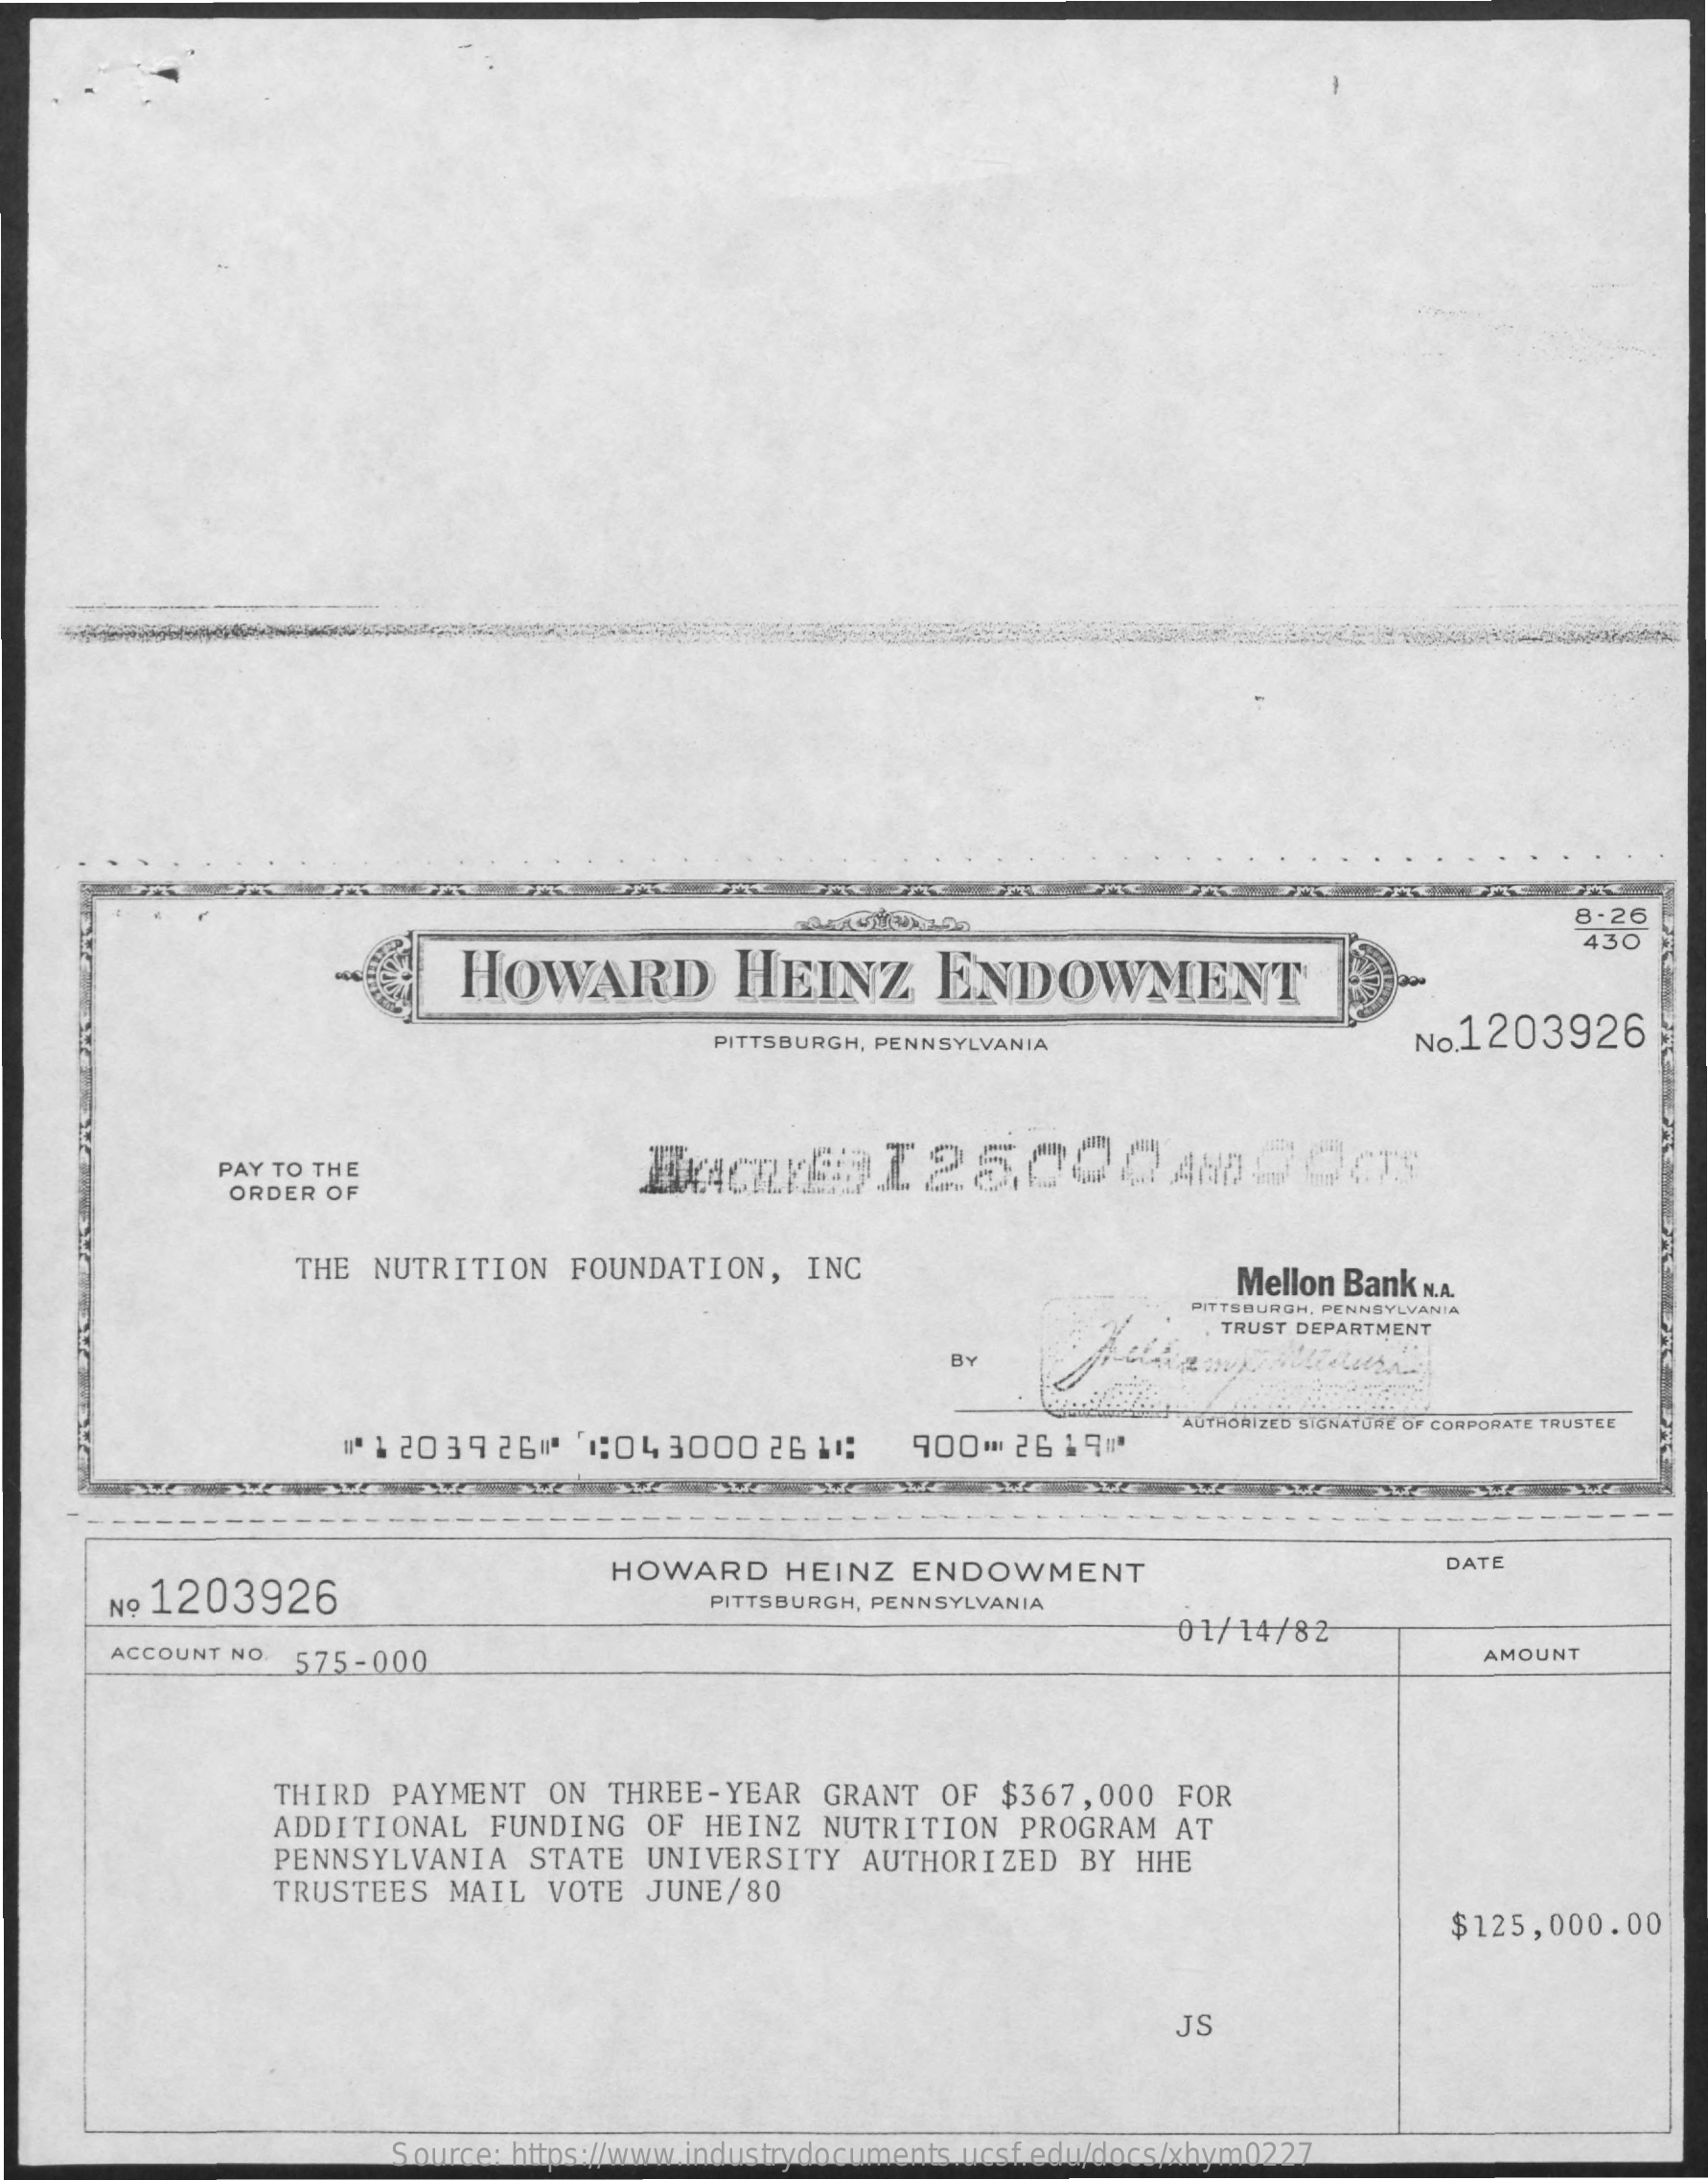
8-26
     HOWARD    HEINZ    ENDOWMENT
     430
     PITTSBURGH, PENNSYLVANIA    No.1203926
     PAY TO THE
     ORDER OF
     THE  NUTRITION   FOUNDATION,    INC    Mellon Bank N.A.
     PITTSBURGH, PENNSYLVANIA
     TRUST DEPARTMENT
     BY
     "1  203926"    1:04 3000  26 11:    900=  26 1900
     AUTHORIZED SIGNATURE OF CORPORATE TRUSTEE
     DATE
     No 1203926
     HOWARD    HEINZ   ENDOWMENT
     PITTSBURGH, PENNSYLVANIA
     01/14/82
     ACCOUNT NO. 575-000    AMOUNT
     THIRD  PAYMENT   ON  THREE-YEAR    GRANT  OF  $367,000   FOR
     ADDITIONAL   FUNDING   OF  HEINZ   NUTRITION   PROGRAM   AT
     PENNSYLVANIA    STATE  UNIVERSITY    AUTHORIZED    BY  HHE
     TRUSTEES   MAIL  VOTE  JUNE/80
     $125,000.00
     JS
     Source: https://www.industrydocuments.ucsf.edu/docs/xhym0227